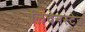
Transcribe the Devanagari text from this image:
लिचेनस्टेन